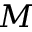
M